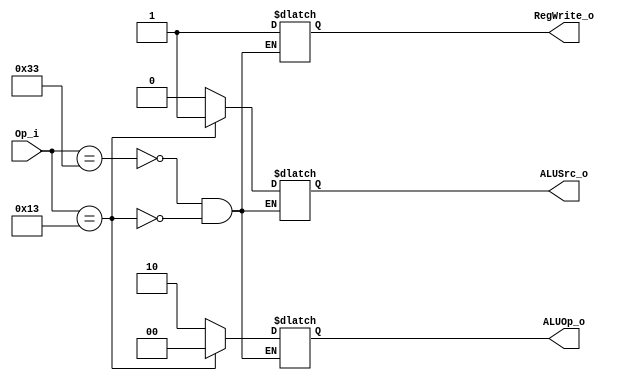
module Control
(
	Op_i,
    ALUOp_o,
    ALUSrc_o,
    RegWrite_o
);

input         [6:0] Op_i;
output  reg   [1:0] ALUOp_o;
output  reg         ALUSrc_o, RegWrite_o;

always@ (*)
begin
	case (Op_i)
		7'b0110011: 				//R-format
		begin
			ALUOp_o    = 2'b10;
			ALUSrc_o   = 0;
			RegWrite_o = 1;
		end
		7'b0010011: 				//I-format(addi)
		begin
			ALUOp_o    = 2'b00;
			ALUSrc_o   = 1;
			RegWrite_o = 1;
		end	
	endcase
end

endmodule